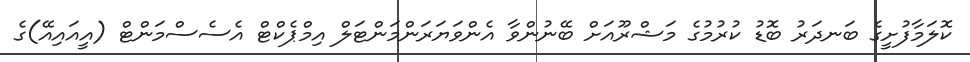
ކޮލަމާފުށީގެ ބަނދަރު ބޮޑު ކުރުމުގެ މަޝްރޫއަށް ބޭނުންވާ އެންވަޔަރަންމަންޓަލް އިމްޕެކްޓް އެސެސްމަންޓް (އީއައިއޭ)ގެ